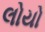
લોયો